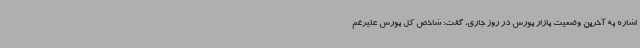
اشاره به آخرین وضعیت بازار بورس در روز جاری، گفت: شاخص کل بورس علیرغم